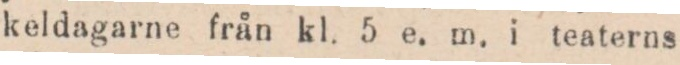
keldagarne från kl. 5 e. m. i teaterns